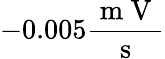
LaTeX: -0.005\frac{\mathrm{~m~V~}}{\mathrm{~s~}}